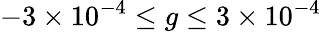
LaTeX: -3\times 10^{-4}\leq g\leq 3\times 10^{-4}